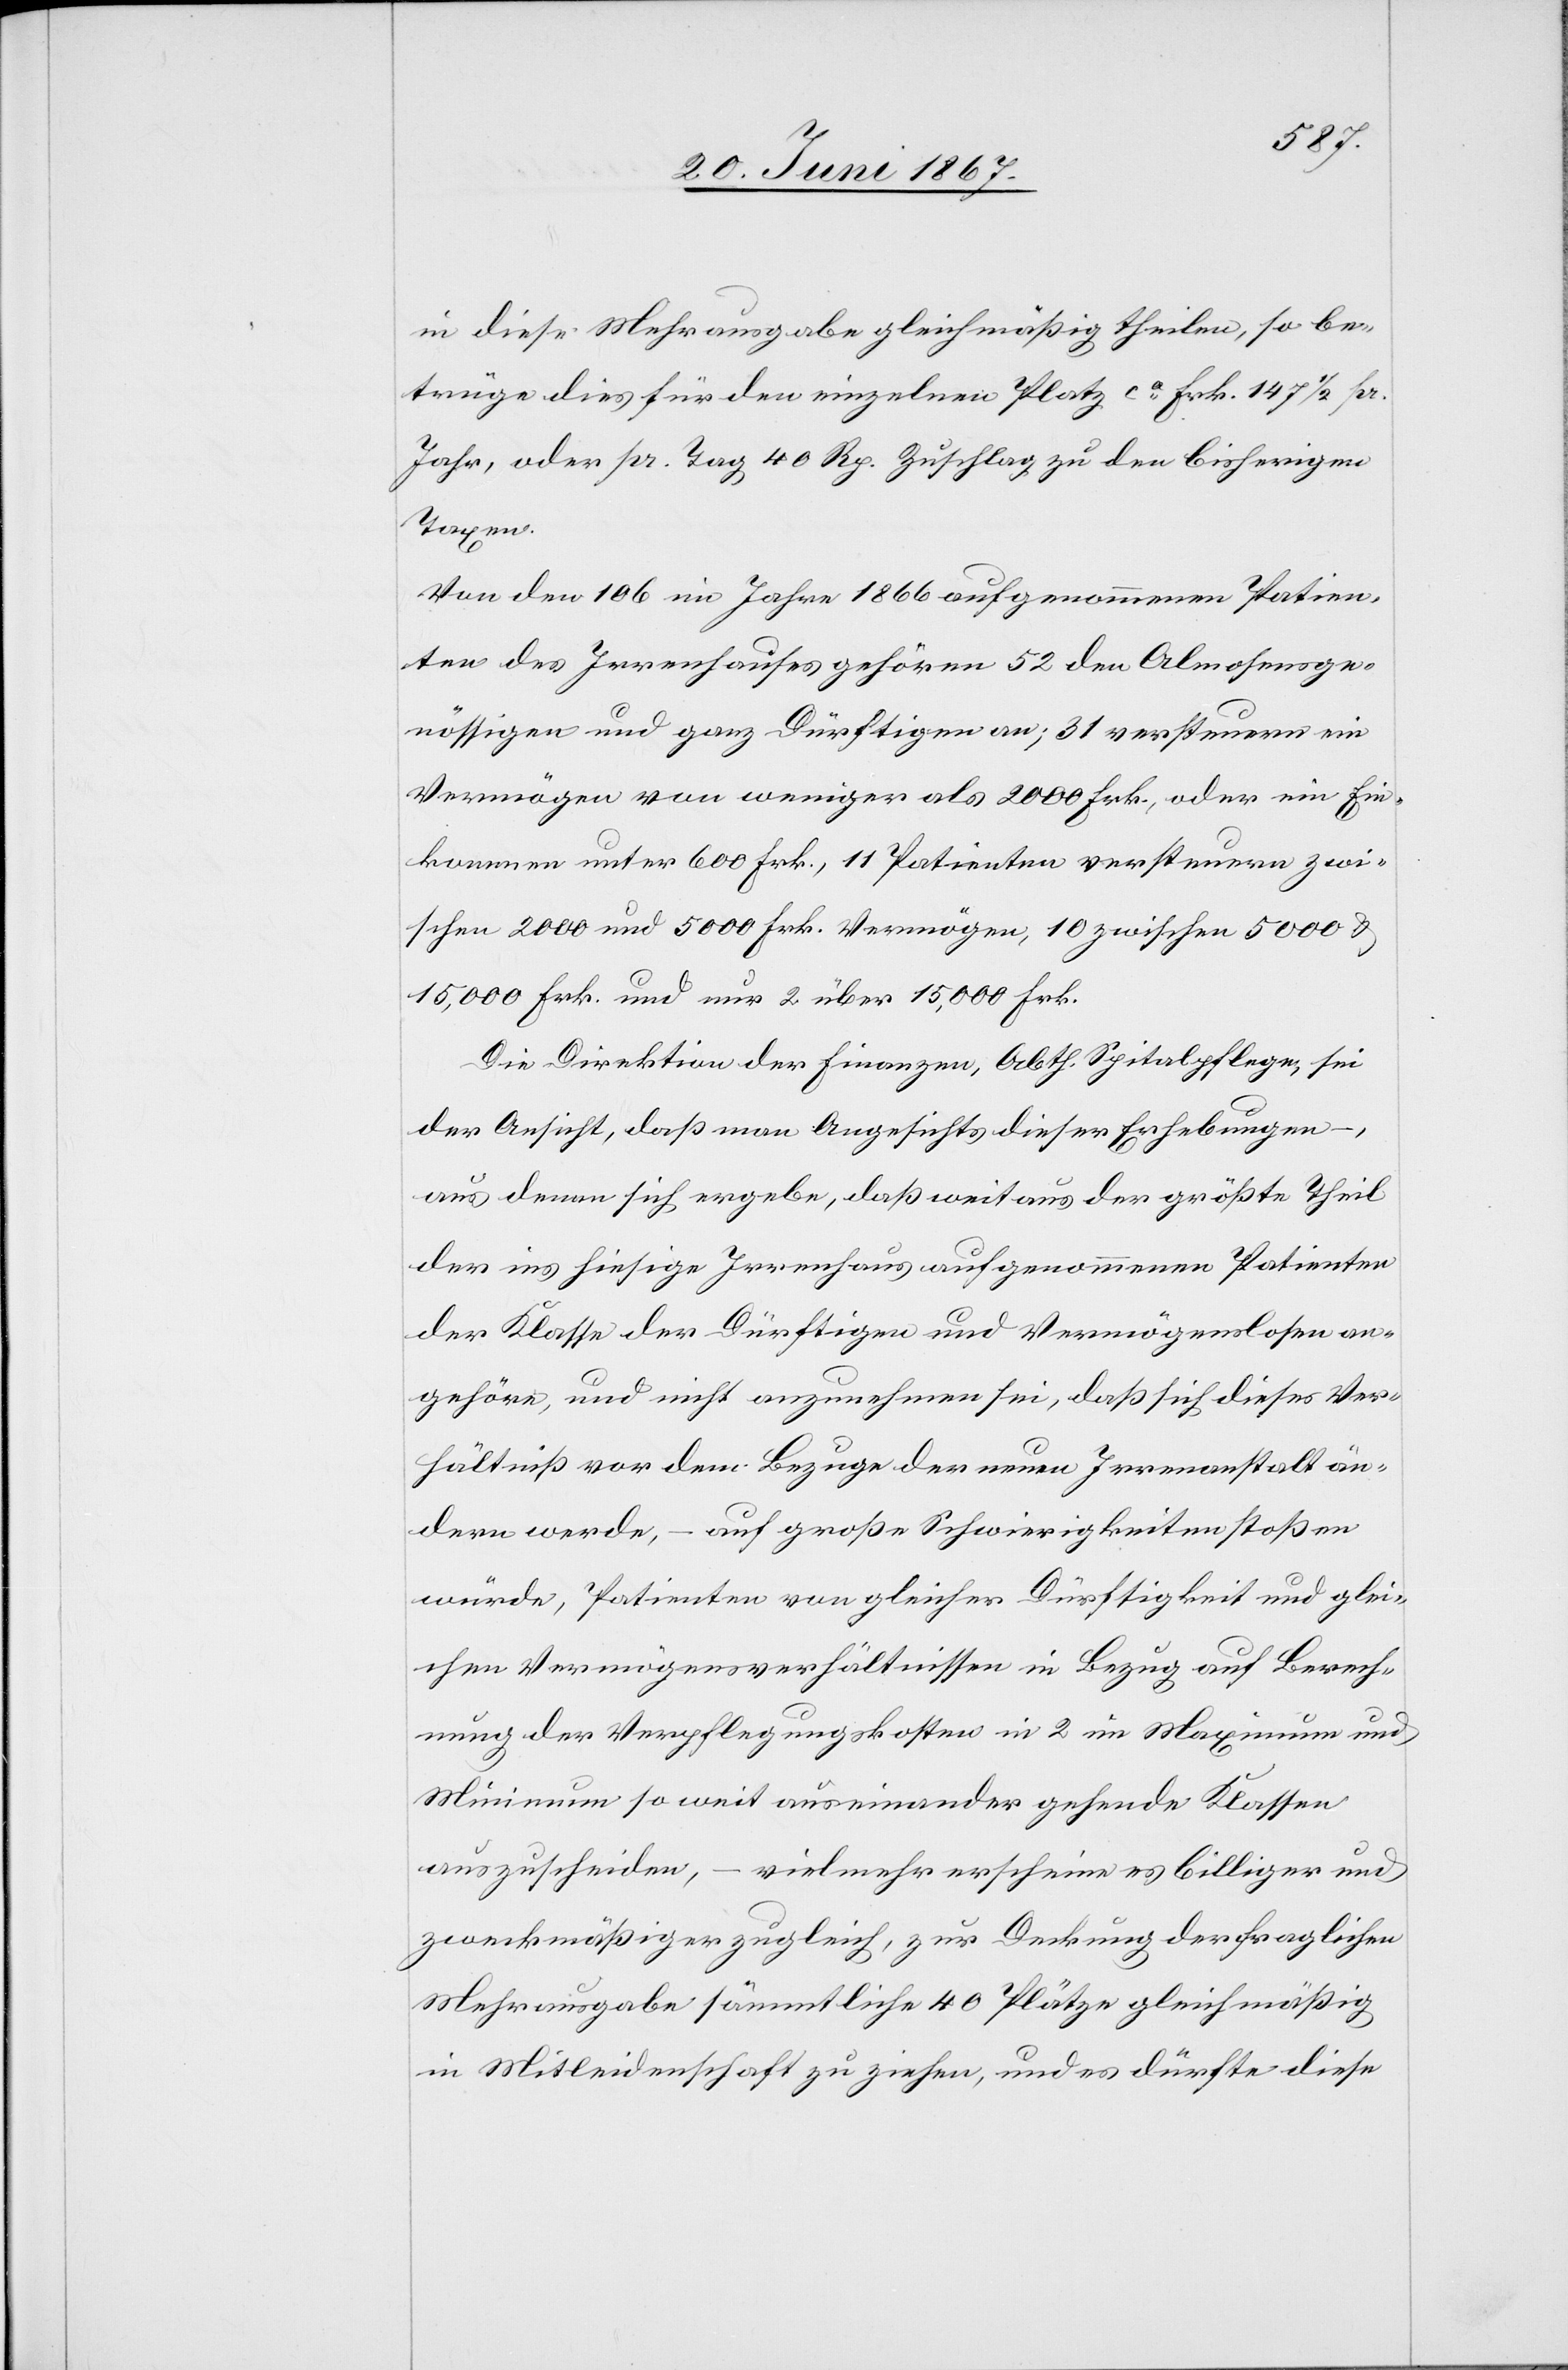
in diese Mehrausgabe gleichmäßig theilen, so be¬
trüge dies für den einzelnen Platz ca. Frk. 147 ½ pr.
Jahr, oder pr. Tag 40 Rp. Zuschlag zu den bisherigen
Taxen.
Von den 106 im Jahr 1866 aufgenommenen Patien¬
ten des Irrenhauses gehören 52 den Almosenge¬
nössigen und ganz Dürftigen an; 31 versteuern ein
Vermögen von weniger als 2000 Frk., oder ein Ein¬
kommen unter 600 Frk., 11 Patienten versteuern zwi¬
schen 2000 und 5000 Frk. Vermögen, 10 zwischen 5000 u.
15 000 Frk. und nur 2 über 15 000 Frk.
Die Direktion der Finanzen, Abth. Spitalpflege, sei
der Ansicht, daß man Angesichts dieser Erhebungen
aus denen sich ergeben, daß weitaus der größte Theil
der in hiesige Irrenhaus aufgenommenen Patienten
der Klasse der Dürftigen und Vermögenslosen an¬
gehöre, und nicht anzunehmen sei, daß sich dieses Ver¬
hältniß vor dem Bezuge der neuen Irrenanstalt än¬
dern werde, – auf große Schwierigkeiten stoßen
würde, Patienten von gleicher Dürftigkeit und glei¬
chen Vermögensverhältnissen in Bezug auf Berech¬
nung der Verpflegungskosten in 2 im Maximum und
Minimum so weit auseinander gehende Klassen
auszuscheiden, – vielmehr erscheine es billiger und
zweckmäßiger zugleich, zur Deckung der fraglichen
Mehrausgabe sämmtliche 40 Plätze gleichmäßig
in Mitleidenschaft zu ziehen, und es dürfte diese